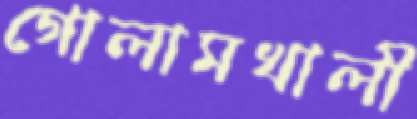
গোলামখালী